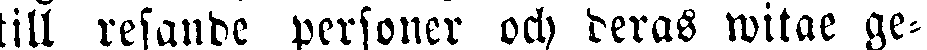
till resande personer och deras witae ge-